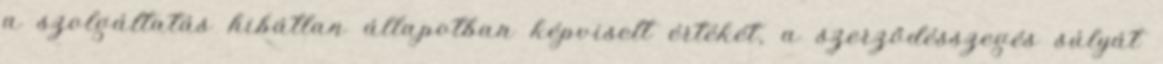
a szolgáltatás hibátlan állapotban képviselt értékét, a szerződésszegés súlyát